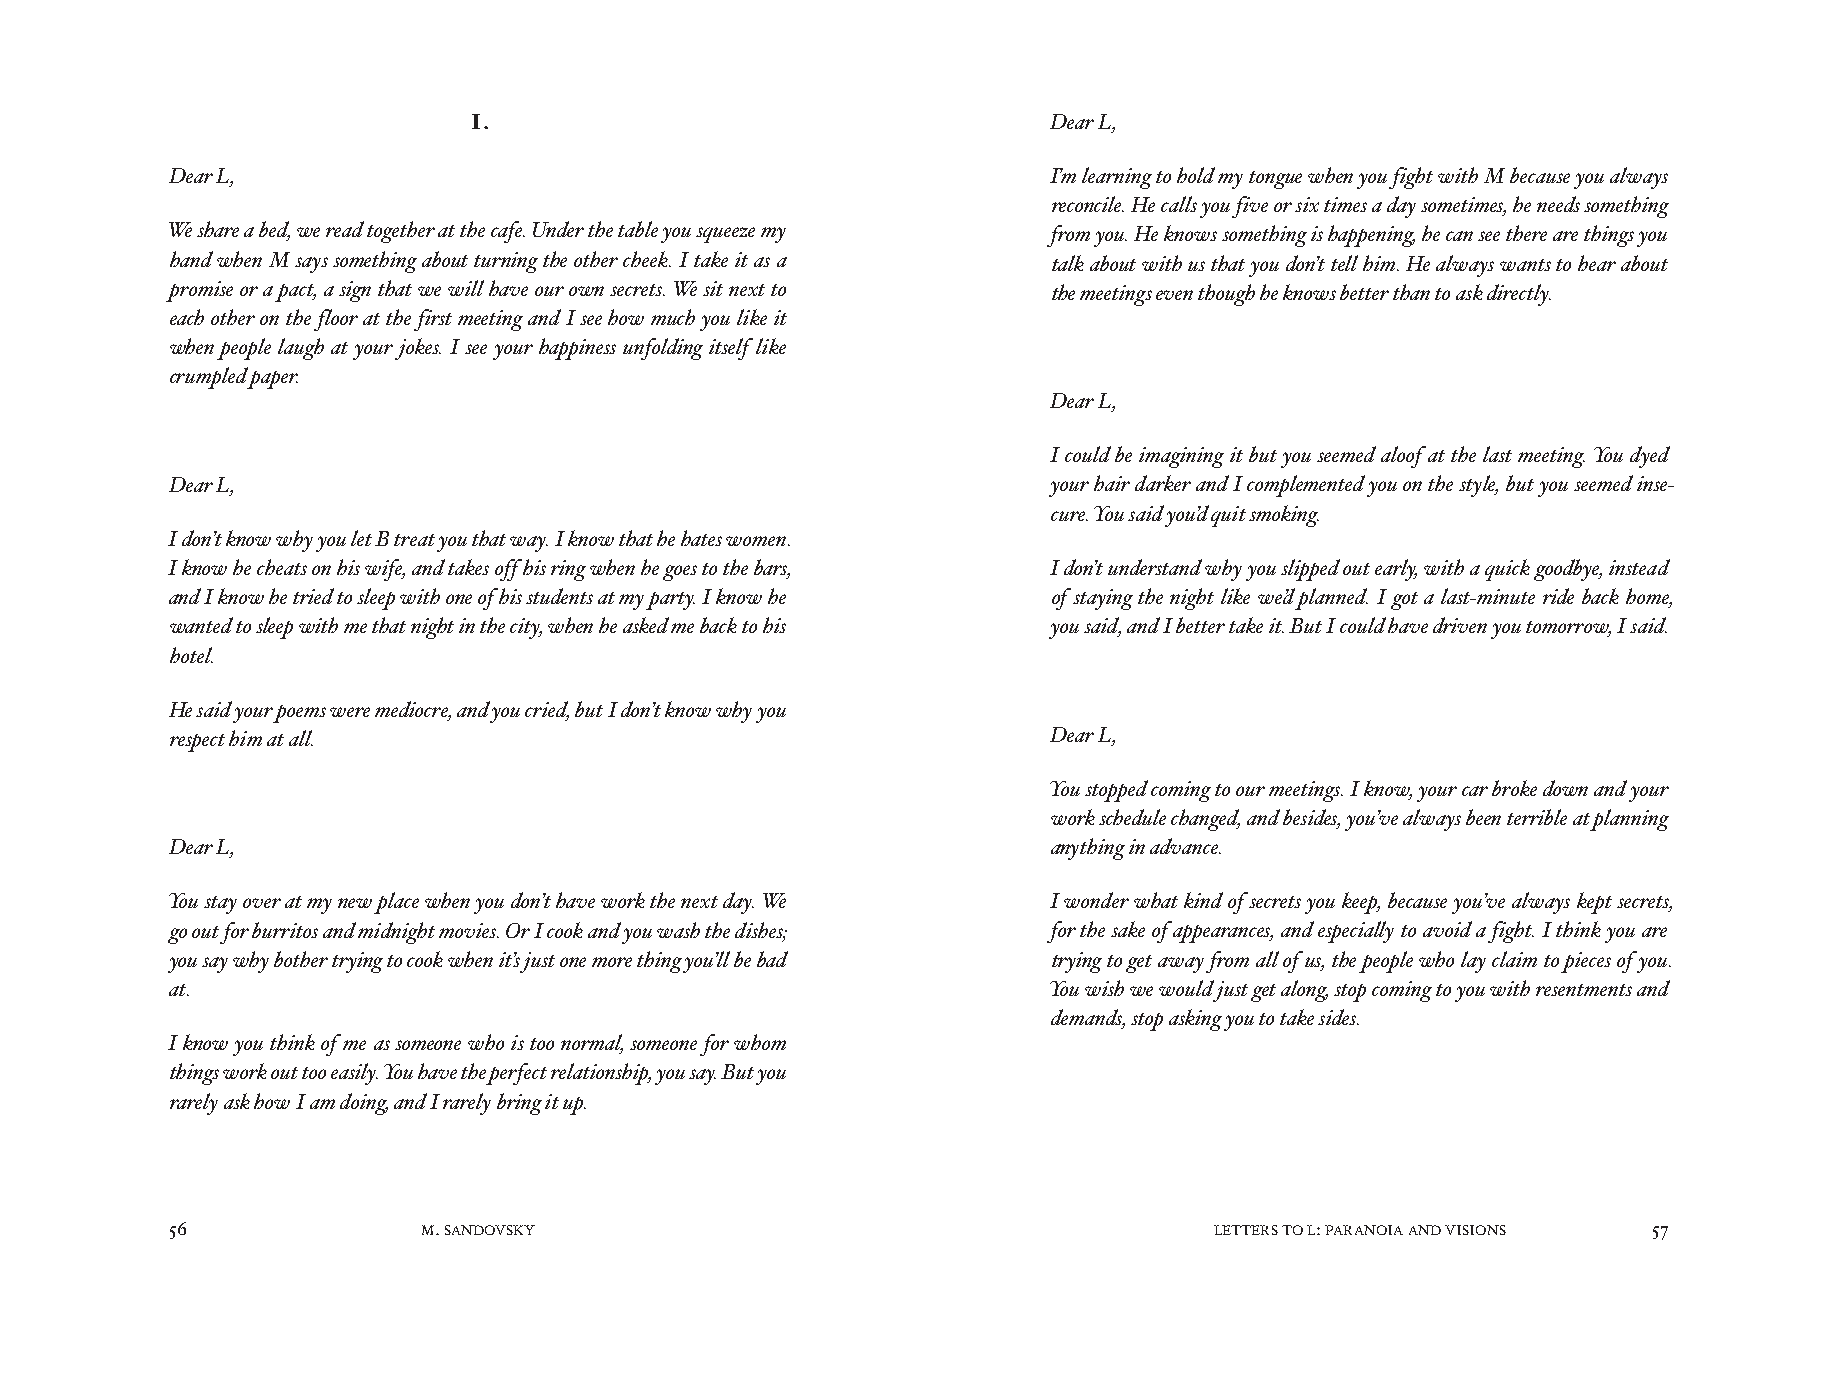
I.                                     Dear L,
 Dear L,                                                   I’m learning to hold my tongue when you fight with M because you always
 reconcile. He calls you five or six times a day sometimes, he needs something
 We share a bed, we read together at the cafe. Under the table you squeeze my from you. He knows something is happening, he can see there are things you
 hand when M says something about turning the other cheek. I take it as a talk about with us that you don’t tell him. He always wants to hear about
 promise or a pact, a sign that we will have our own secrets. We sit next to the meetings even though he knows better than to ask directly.
 each other on the floor at the first meeting and I see how much you like it
 when people laugh at your jokes. I see your happiness unfolding itself like
 crumpled paper.
 Dear L,
 I could be imagining it but you seemed aloof at the last meeting. You dyed
 Dear L,                                                    your hair darker and I complemented you on the style, but you seemed inse-
 cure. You said you’d quit smoking.
 I don’t know why you let B treat you that way. I know that he hates women.
 I know he cheats on his wife, and takes off his ring when he goes to the bars, I don’t understand why you slipped out early, with a quick goodbye, instead
 and I know he tried to sleep with one of his students at my party. I know he of staying the night like we’d planned. I got a last-minute ride back home,
 wanted to sleep with me that night in the city, when he asked me back to his you said, and I better take it. But I could have driven you tomorrow, I said.
 hotel.
 He said your poems were mediocre, and you cried, but I don’t know why you
 respect him at all.                                        Dear L,
 You stopped coming to our meetings. I know, your car broke down and your
 work schedule changed, and besides, you’ve always been terrible at planning
 Dear L,                                                    anything in advance.
 You stay over at my new place when you don’t have work the next day. We I wonder what kind of secrets you keep, because you’ve always kept secrets,
 go out for burritos and midnight movies. Or I cook and you wash the dishes; for the sake of appearances, and especially to avoid a fight. I think you are
 you say why bother trying to cook when it’s just one more thing you’ll be bad trying to get away from all of us, the people who lay claim to pieces of you.
 at.                                                       You wish we would just get along, stop coming to you with resentments and
 demands, stop asking you to take sides.
 I know you think of me as someone who is too normal, someone for whom
 things work out too easily. You have the perfect relationship, you say. But you
 rarely ask how I am doing, and I rarely bring it up.
 56               M. SANDOVSKY                                        LETTERS TO L: PARANOIA AND VISIONS 57